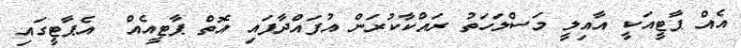
އެއް ޕާޓީއަކީ އާއިލީ މަސްލަހަތު ރައްކާކުރަން އުފައްދާފައި އޮތް ޕާޓީއެއް  އެޕާޓީގައި